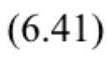
$(6.41)$